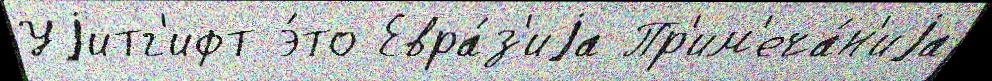
Уjитг'ифт э́то Евра́з'иjа Пр'им'еча́н'иjа